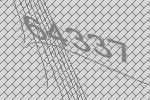
64337